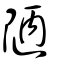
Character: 𨹟